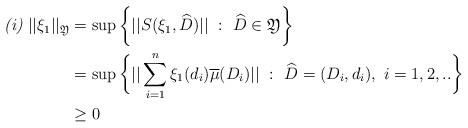
LaTeX: \begin{align*} {\textit{(i)}}~||\xi_1||_{\mathfrak{Y}} &= \sup \bigg\{||S(\xi_1, \widehat{D})||~:~\widehat{D} \in \mathfrak{Y} \bigg\} \\& =\sup \bigg\{||\sum_{i=1}^{n}\xi_1(d_i)\overline{\mu}(D_i)||~:~\widehat{D}=(D_i, d_i),~i=1,2,..\bigg\}\\& \geq 0 \end{align*}